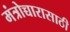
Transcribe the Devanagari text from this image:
मंत्रोच्चारासाठी